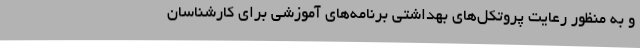
و به منظور رعایت پروتکل‌های بهداشتی برنامه‌های آموزشی برای کارشناسان